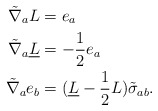
\begin{align*} \tilde{\nabla}_a L&=e_a\\\tilde{\nabla}_a \underline L&=-\frac{1}{2} e_a\\\tilde{\nabla}_a e_b&=(\underline{L}-\frac{1}{2}L)\tilde{\sigma}_{ab}.\\\end{align*}